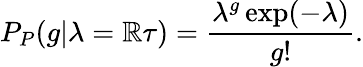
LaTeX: P_{P}(g|\lambda=\mathbb{R}\tau)=\frac{{\lambda^{g}\exp(-\lambda)}}{{g!}}.